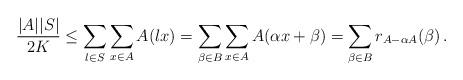
LaTeX: \begin{align*}\frac{|A| |S|}{2K} \le \sum_{l\in S} \sum_{x \in A} A(lx) = \sum_{\beta \in B} \sum_{x \in A} A(\alpha x +\beta) = \sum_{\beta \in B} r_{A-\alpha A} (\beta) \,.\end{align*}